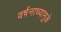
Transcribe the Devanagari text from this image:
वर्षनाच्यामुळे